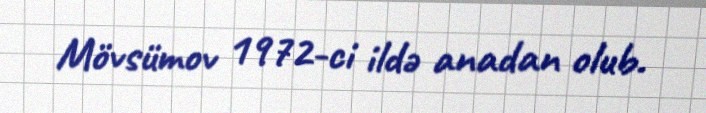
Mövsümov 1972-ci ildə anadan olub.